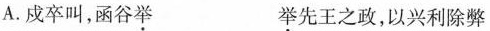
A.戍卒叫，函谷举 举先王之政，以兴利除弊